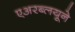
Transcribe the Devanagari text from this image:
एअरब्लयूने